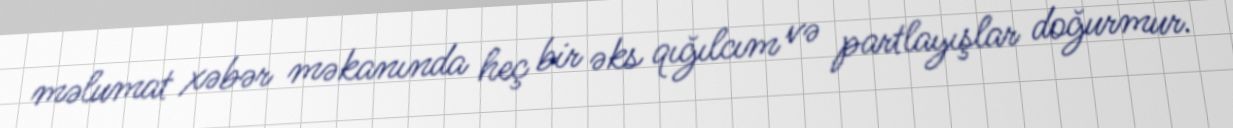
məlumat xəbər məkanında heç bir əks qığılcım və partlayışlar doğurmur.